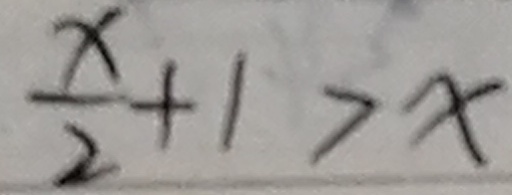
\frac { x } { 2 } + 1 > x